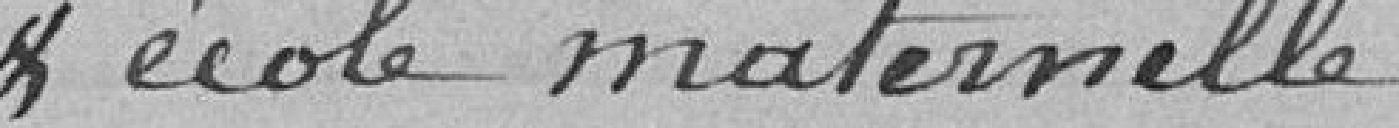
& école maternelle